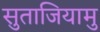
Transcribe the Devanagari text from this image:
सुताजियामु